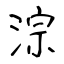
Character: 淙